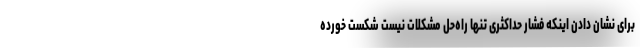
برای نشان دادن اینکه فشار حداکثری تنها راه‌حل مشکلات نیست شکست خورده